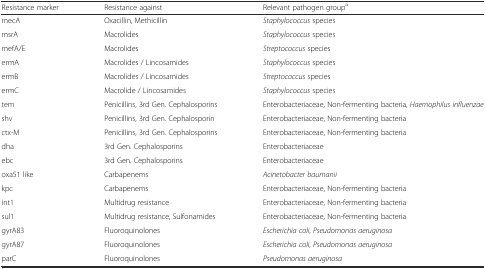
<table><thead><tr><td><b>Resistance marker</b></td><td><b>Resistance against</b></td><td><b>Relevant pathogen group<sup>a</sup></b></td></tr></thead><tbody><tr><td>mecA</td><td>Oxacillin, Methicillin</td><td><i>Staphylococcus</i> species</td></tr><tr><td>msrA</td><td>Macrolides</td><td><i>Staphylococcus</i> species</td></tr><tr><td>mefA/E</td><td>Macrolides</td><td><i>Streptococcus</i> species</td></tr><tr><td>ermA</td><td>Macrolides / Lincosamides</td><td><i>Staphylococcus</i> species</td></tr><tr><td>ermB</td><td>Macrolides / Lincosamides</td><td><i>Streptococcus</i> species</td></tr><tr><td>ermC</td><td>Macrolide / Lincosamides</td><td><i>Staphylococcus</i> species</td></tr><tr><td>tem</td><td>Penicillins, 3rd Gen. Cephalosporins</td><td>Enterobacteriaceae, Non-fermenting bacteria, <i>Haemophilus influenzae</i></td></tr><tr><td>shv</td><td>Penicillins, 3rd Gen. Cephalosporin</td><td>Enterobacteriaceae, Non-fermenting bacteria</td></tr><tr><td>ctx-M</td><td>Penicillins, 3rd Gen. Cephalosporins</td><td>Enterobacteriaceae, Non-fermenting bacteria</td></tr><tr><td>dha</td><td>3rd Gen. Cephalosporins</td><td>Enterobacteriaceae</td></tr><tr><td>ebc</td><td>3rd Gen. Cephalosporins</td><td>Enterobacteriaceae</td></tr><tr><td>oxa51 like</td><td>Carbapenems</td><td><i>Acinetobacter baumanii</i></td></tr><tr><td>kpc</td><td>Carbapenems</td><td>Enterobacteriaceae, Non-fermenting bacteria</td></tr><tr><td>int1</td><td>Multidrug resistance</td><td>Enterobacteriaceae, Non-fermenting bacteria</td></tr><tr><td>sul1</td><td>Multidrug resistance, Sulfonamides</td><td>Enterobacteriaceae, Non-fermenting bacteria</td></tr><tr><td>gyrA83</td><td>Fluoroquinolones</td><td><i>Escherichia coli</i>, <i>Pseudomonas aeruginosa</i></td></tr><tr><td>gyrA87</td><td>Fluoroquinolones</td><td><i>Escherichia coli</i>, <i>Pseudomonas aeruginosa</i></td></tr><tr><td>parC</td><td>Fluoroquinolones</td><td><i>Pseudomonas aeruginosa</i></td></tr></tbody></table>